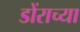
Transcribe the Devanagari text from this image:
डोंराच्या